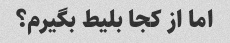
اما از کجا بلیط بگیرم؟